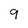
Character: 9